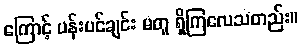
ကြောင့် ပန်းပင်ချင်း မတူ ရှိကြလေသတည်း။